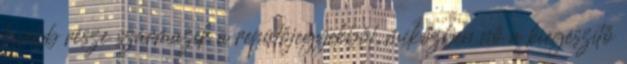
kisebb része származik a repülőjegyekből, miközben nő a kiegészítő